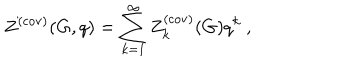
LaTeX: Z ^ { ( \mathrm { c o v ) } } ( G , q ) = \sum _ { k = 1 } ^ { \infty } Z _ { k } ^ { ( \mathrm { c o v ) } } ( G ) q ^ { k } ~ ,